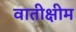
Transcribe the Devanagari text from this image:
वातीक्षीम